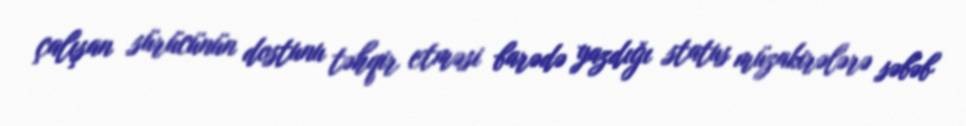
çalışan sürücünün dostunu təhqir etməsi barədə yazdığı status müzakirələrə səbəb